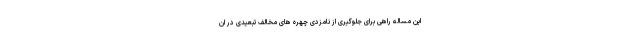
این مساله راهی برای جلوگیری از نامزدی چهره های مخالف تبعیدی در ان